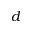
d